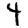
Digit: 4